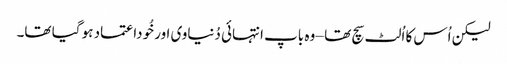
لیکن اُس کا اُلٹ سچ تھا – وہ باپ انتہائی دُنیاوی اور خُوداعتماد ہو گیا تھا۔